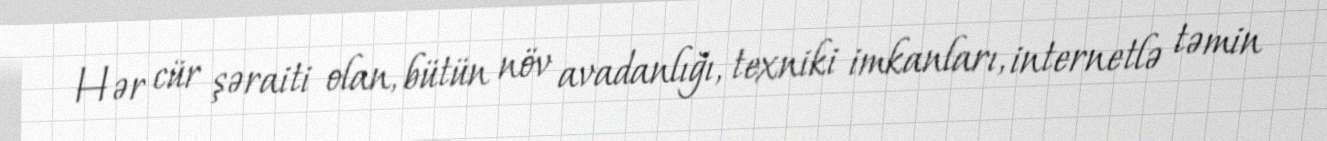
Hər cür şəraiti olan, bütün növ avadanlığı, texniki imkanları, internetlə təmin